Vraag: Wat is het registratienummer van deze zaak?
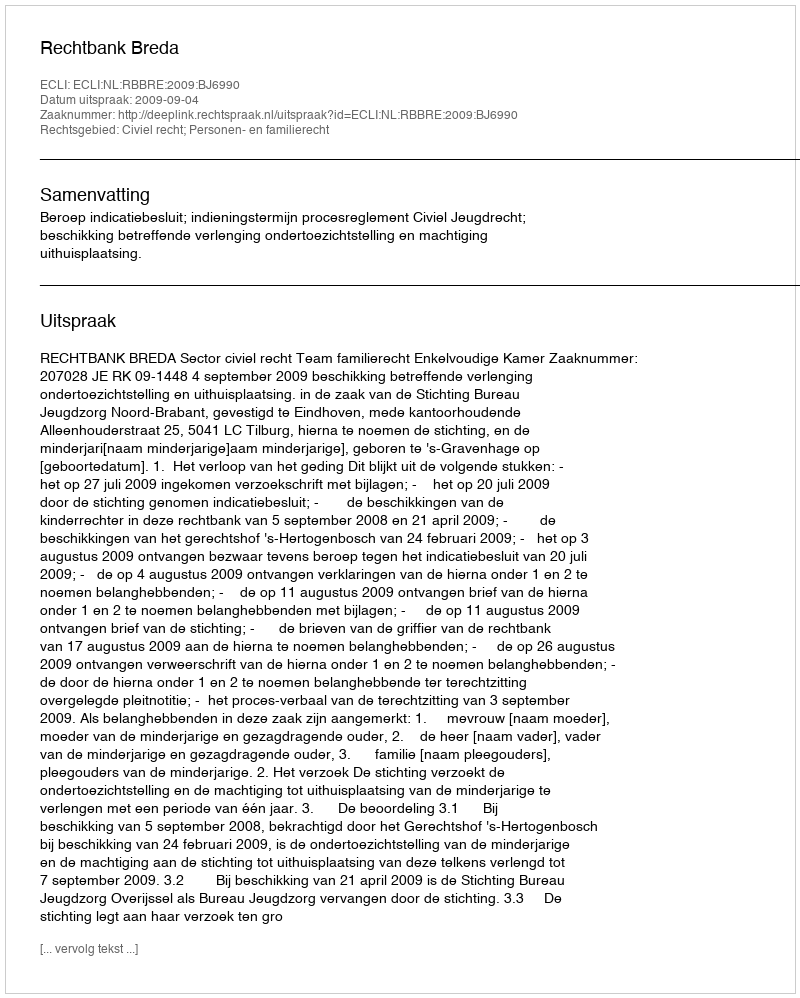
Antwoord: http://deeplink.rechtspraak.nl/uitspraak?id=ECLI:NL:RBBRE:2009:BJ6990